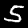
Label: 5